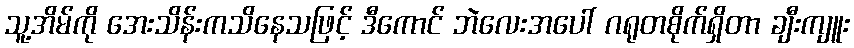
သူ့အိမ်ကို အေးသိန်းကသိနေသဖြင့် ဒီကောင် ဘဲလေးအပေါ် ဂရုတစိုက်ရှိတာ ချီးကျူး